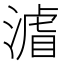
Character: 𭱼